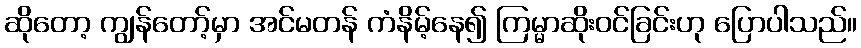
ဆိုတော့ ကျွန်တော့်မှာ အင်မတန် ကံနိမ့်နေ၍ ကြမ္မာဆိုးဝင်ခြင်းဟု ပြောပါသည်။